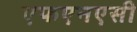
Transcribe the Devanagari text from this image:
एफएनएसी